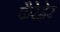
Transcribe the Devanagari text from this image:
कैरेह्नेर